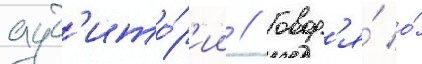
ауд'ито́р'ии // Говор'я́ о́